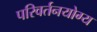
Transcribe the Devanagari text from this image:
परिवर्तनयोग्य